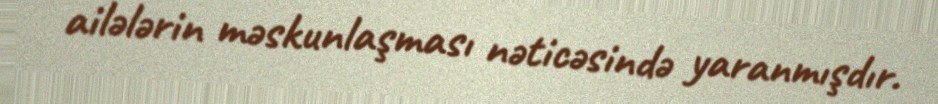
ailələrin məskunlaşması nəticəsində yaranmışdır.